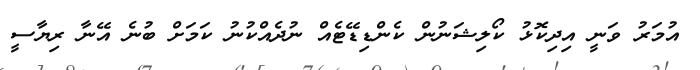
އުމަރު ވަނީ އިދިކޮޅު ކޯލިޝަނުން ކެންޑިޑޭޓެއް ނުދެއްކުނު ކަމަށް ބުނެ އޭނާ ރިޔާސީ